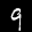
Label: 9